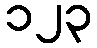
၁၂၃